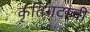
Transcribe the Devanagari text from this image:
कृतिगटांची